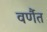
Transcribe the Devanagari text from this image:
वर्णैत